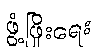
ဖွံ့ဖြိုးရေး